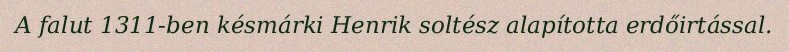
A falut 1311-ben késmárki Henrik soltész alapította erdőirtással.